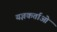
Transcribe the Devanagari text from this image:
यज्ञकर्ताओं